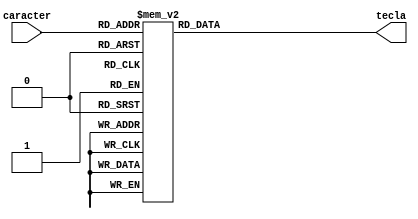
module convertidorahcero(caracter, tecla);

input [3:0]caracter;
output reg [8:0]tecla = 0;


always@(*)begin
 
case (caracter)
		 4'b0000: tecla = 9'h130;//0
		 4'b0001: tecla = 9'h131;//1
		 4'b0010: tecla = 9'h132;//2
		 4'b0011: tecla = 9'h133;//3
		 4'b0100: tecla = 9'h134;//4
		 4'b0101: tecla = 9'h135;//5
		 4'b0110: tecla = 9'h136;//6
		 4'b0111: tecla = 9'h137;//7
		 4'b1000: tecla = 9'h138;//8
		 4'b1001: tecla = 9'h139;//9
		 4'b1010: tecla = 9'h141;//A
		 4'b1011: tecla = 9'h142;//B
		 4'b1100: tecla = 9'h143;//C
		 4'b1101: tecla = 9'h144;//D
		 4'b1110: tecla = 9'h12A;//*
		 4'b1111: tecla = 9'h123;//#
		 
		 
   endcase



end
endmodule